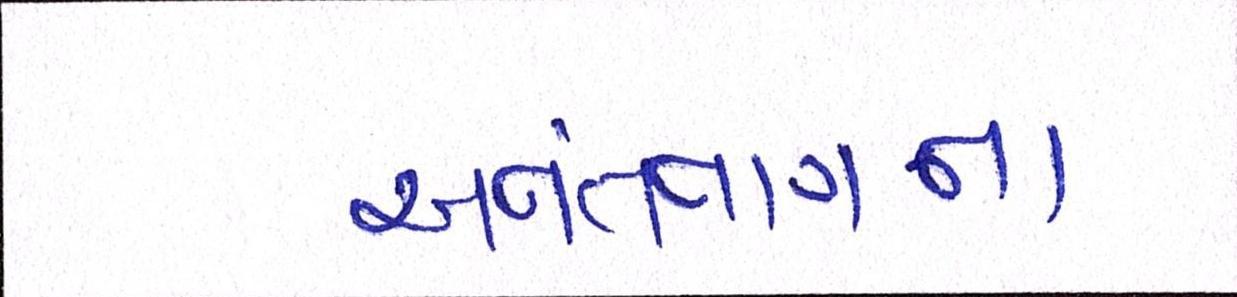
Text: અનંતનાગના